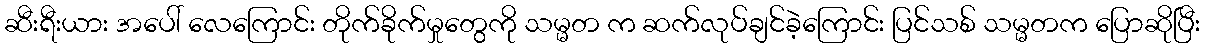
ဆီးရီးယား အပေါ် လေကြောင်း တိုက်ခိုက်မှုတွေကို သမ္မတ က ဆက်လုပ်ချင်ခဲ့ကြောင်း ပြင်သစ် သမ္မတက ပြောဆိုပြီး